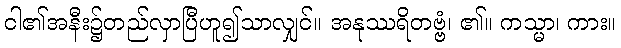
ငါ၏အနီး၌တည်လှာပြီဟူ၍သာလျှင်။ အနုဿရိတဗ္ဗံ၊ ၏။ ကသ္မာ၊ ကား။